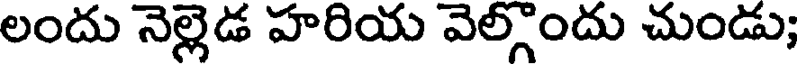
లందు నెల్లెడ హరియ వెల్గొందు చుండు;